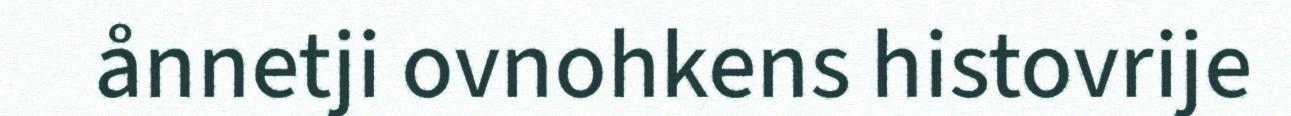
ånnetji ovnohkens histovrije